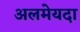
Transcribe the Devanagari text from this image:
अलमेयदा